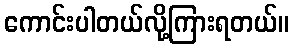
ကောင်းပါတယ်လို့ကြားရတယ်။